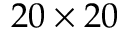
2 0 \times 2 0